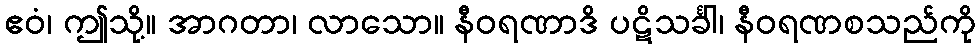
ဧဝံ၊ ဤသို့။ အာဂတာ၊ လာသော။ နီဝရဏာဒိ ပဋိသင်္ခါ၊ နီဝရဏစသည်ကို